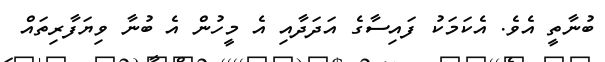
ބުނާތީ އެވެ. އެކަމަކު ފައިސާގެ އަދަދާއި އެ މީހުން އެ ބުނާ ވިޔަފާރިތައް